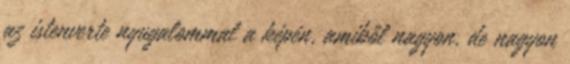
az istenverte nyugalommal a képén, amiből nagyon, de nagyon